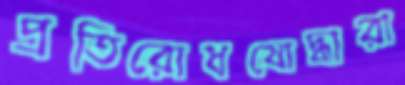
প্রতিরোধযোদ্ধারা